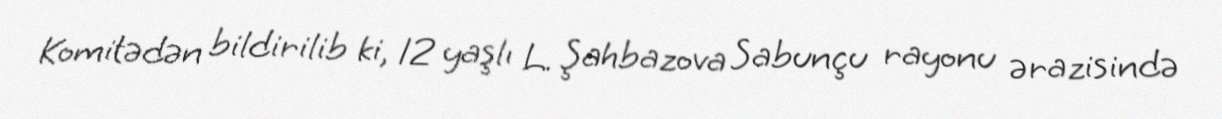
Komitədən bildirilib ki, 12 yaşlı L. Şahbazova Sabunçu rayonu ərazisində